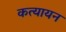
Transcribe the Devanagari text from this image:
कत्यायन